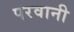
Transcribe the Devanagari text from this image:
परवानी